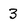
Character: 3